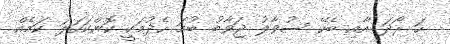
ހަ ރޯދަ އާއި ބެހޭ ސުވާލު ޖަވާބު ބުމަ ހެދުމަކީ ކޮންކަހަލަ ކަމެއް